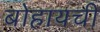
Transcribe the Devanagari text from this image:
बोहायची